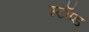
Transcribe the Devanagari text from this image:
स्टॉप्ड